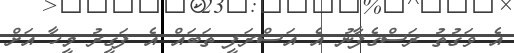
އެ ވަގުތު ރަސްގެފާނު އެ އަސްރަފީ ތަބައް އެ ފަގީރު މީހާ އަށް